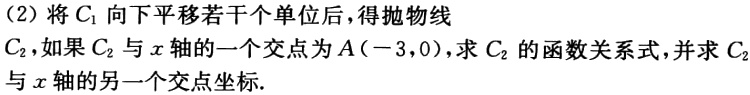
（2）将\(C_{1}\)向下平移若干个单位后，得抛物线\(C_{2}\)，如果\(C_{2}\)与\(x\)轴的一个交点为\(A(-3,0)\)，求\(C_{2}\)的函数关系式，并求\(C_{2}\)与\(x\)轴的另一个交点坐标.